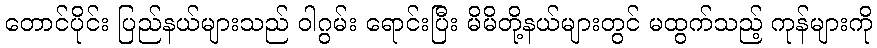
တောင်ပိုင်း ပြည်နယ်များသည် ဝါဂွမ်း ရောင်းပြီး မိမိတို့နယ်များတွင် မထွက်သည့် ကုန်များကို